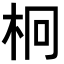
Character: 𣐒